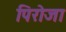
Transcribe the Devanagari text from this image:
पिरोजा